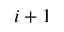
i + 1